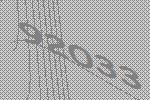
92033